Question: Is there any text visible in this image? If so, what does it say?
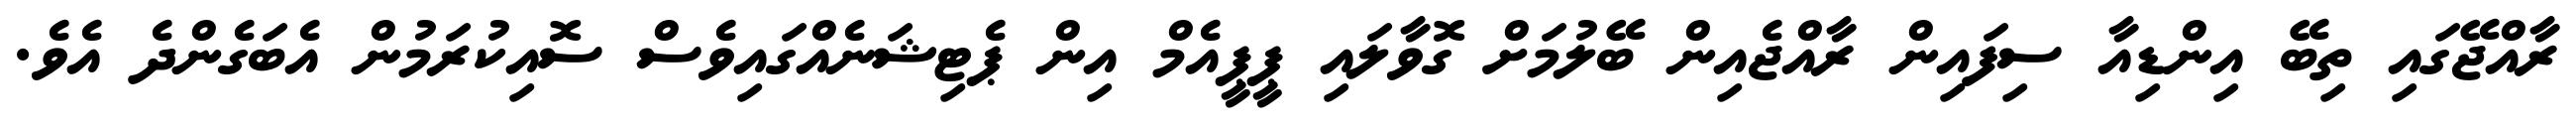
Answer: ރާއްޖޭގައި ތިބޭ އިންޑިއާ ސިފައިން ރާއްޖެއިން ބޭލުމަށް ގޮވާލައި ޕީޕީއެމް އިން ޕެޓިޝަނެއްގައިވެސް ސޮއިކުރަމުން އެބަގެންދެ އެވެ.